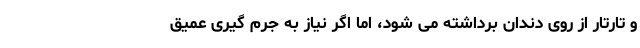
و تارتار از روی دندان برداشته می شود، اما اگر نیاز به جرم گیری عمیق